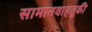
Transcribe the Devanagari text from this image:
सामानवाहतूकी